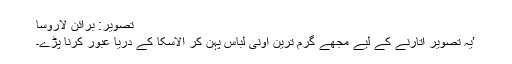
تصویر: برائن لاروسا
’یہ تصویر اتارنے کے لیے مجھے گرم ترین اونی لباس پہن کر الاسکا کے دریا عبور کرنا پڑے۔